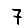
Digit: 7